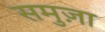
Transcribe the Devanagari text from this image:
समुज़ा